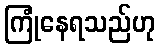
ကြုံနေရသည်ဟု